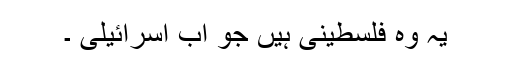
یہ وہ فلسطینی ہیں جو اب اسرائیلی ۔